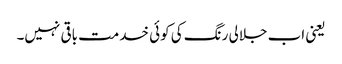
یعنی اب جلالی رنگ کی کوئی خدمت باقی نہیں۔